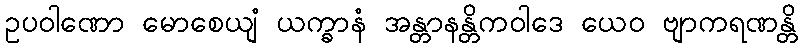
ဥပဝါဏော မောစေယျံ ယက္ခာနံ အန္တာနန္တိကဝါဒေ ယေဝ ဗျာကရဏန္တိ